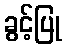
ခွင့်ပြု